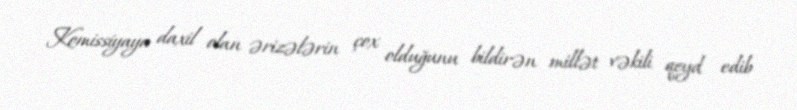
Komissiyaya daxil olan ərizələrin çox olduğunu bildirən millət vəkili qeyd edib